Civil Veterinary Department Bengal reports 1933-51 - 1933-1951
Year: 1933
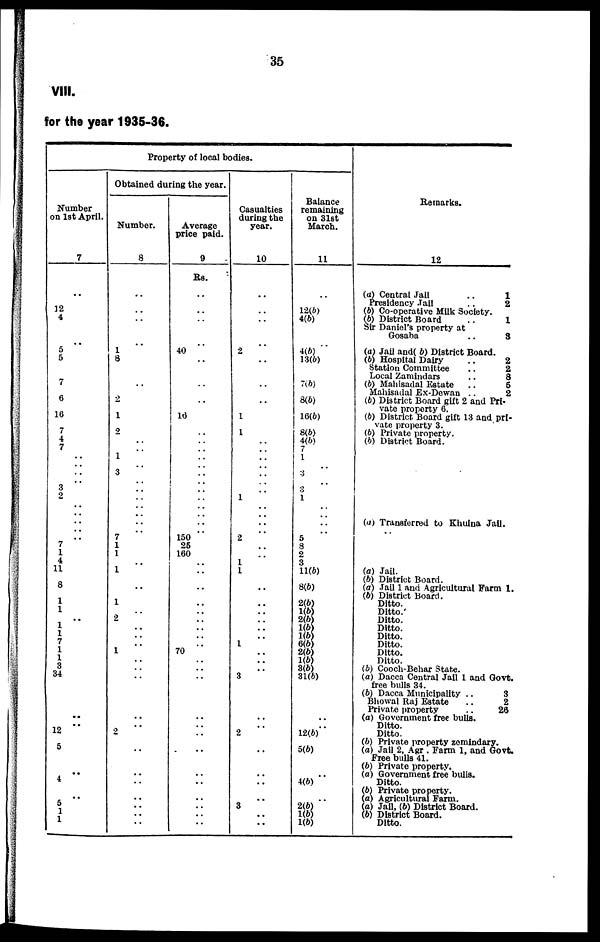
35
VIII.
for the year 1935-36.
Property of local bodies.
Number
on 1st April.
7
..
12
4
..
5
5
7
6
16
7
4
7
..
..
..
.. 3
2
..
..
..
..
7
1
4
11
8
1
1
..
1
1
7
1
1
3
34
..
..
12
5
..
4
..
5
1
1
Obtained during the year.
Number.
8
..
..
..
..
1
8
..
.. 2
.. 1
2
..
1
3
..
.. ..
..
..
..
7
1
1
1
.. 1
2
..
..
1
..
..
..
..
.. 2
..
..
..
..
..
..
..
Average
price paid.
9
Rs.
..
..
..
..
40
..
..
.. ..
16
..
..
..
..
....
..
..
..
.. ..
..
..
..
150
25
160
70
..
..
..
..
..
..
..
..
..
..
..
..
..
Casualties
during the
year.
10
..
..
..
..
2
..
..
.. ..
.. 1
.. 1
..
..
..
..
..
.. 1
..
..
..
2
1
1
..
..
..
..
1
..
..
.. 3
..
.. 2
..
..
..
..
3
..
..
Balance
remaining
on 31st
March.
11
..
12(b)
4(b)
..
4(b) 13(b)
7(b)
8(b)
16(b)
8(b)
4(b)
7
1
3
3
1
5
8
2
3
11(6)
8(6)
2(6)
1(6)
2(b)
1(b)
1(b)
6(b)
2(b)
1(b)
3(b)
31(b)
..
.. 12(b)
5(b)
4(b)
.. 2(b)
1(b)
1(b)
Remarks.
12
(a) Central Jail
..
1
Presidency
Jail
..
2
(b) Co-operative Milk Society.
(b) District Board
..
1
Sir Daniel's property at
Gosaba
..
8
(a) Jail and( b) District Board.
(b) Hospital Dairy
..
2
Station Committee
..
2
Local Zamindars
..
8
(b) Mahisadal Estate
..
5
Mahisadal Ex-Dewan ..
2
(b) District Board gift 2 and Pri-
vate property 6.
(b) District Board gift 13 and pri-
vate property 3.
(b) Private property.
(b) District Board.
(a) Transferred to Khulna Jail.
(a) Jail.
(b) District Board.
(a) Jail 1 and Agricultural Farm 1.
(6) District Board.
Ditto.
Ditto.
Ditto.
Ditto.
Ditto.
Ditto.
Ditto.
Ditto.
(b) Cooch-Behar State.
(a) Dacca Central Jail 1 and Govt.
free bulls 34.
(b) Dacca Municipality ..
3
Bhowal Raj Estate
..
2
Private property
..
26
(a) Government free bulls.
Ditto.
Ditto.
(b) Private property zomindary.
(a) Jail 2, Agr . Farm 1, and Govt.
Free bulls 41.
(b) Private property.
(a) Government free bulls.
Ditto.
(b) Private property.
(a) Agricultural Farm.
(a) Jail, (6) District Board.
(b) District Board.
Ditto.